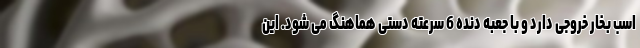
اسب بخار خروجی دارد و با جعبه دنده 6 سرعته دستی هماهنگ می شود. این